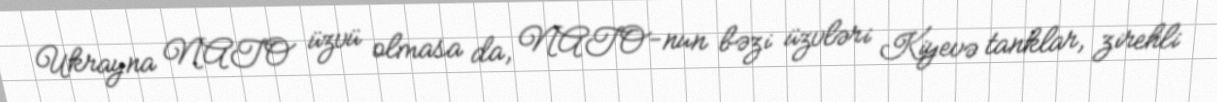
Ukrayna NATO üzvü olmasa da, NATO-nun bəzi üzvləri Kiyevə tanklar, zirehli